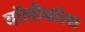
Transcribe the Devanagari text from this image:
वॉलीबॉल।